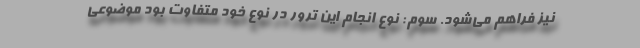
نیز فراهم می‌شود. سوم: نوع انجام این ترور در نوع خود متفاوت بود موضوعی